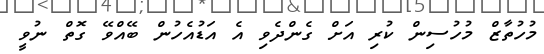
މުހުތާޒް މުހުސިން ކުރި އަށް ގެންދެވި އެ އަޑުއެހުން ބޭއްވޭ ގޮތް ނުވީ